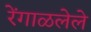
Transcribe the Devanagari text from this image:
रेंगाळलेले